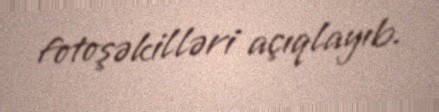
fotoşəkilləri açıqlayıb.